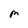
Character: M